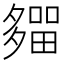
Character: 𡗈